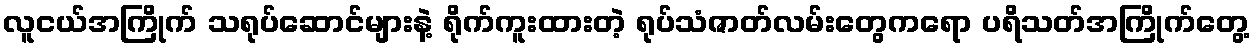
လူငယ်အကြိုက် သရုပ်ဆောင်များနဲ့ ရိုက်ကူးထားတဲ့ ရုပ်သံဇာတ်လမ်းတွေကရော ပရိသတ်အကြိုက်တွေ့